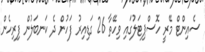
ސެއިންޓް މޭރީ ހޮސްޕިޓަލުގައި ވިހޭތާ 26 ގަޑިއިރު ފަހުން ދެ ކަނބަލުން ފިރިހެން